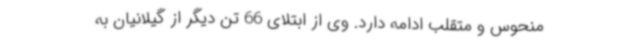
منحوس و متقلب ادامه دارد. وی از ابتلای 66 تن دیگر از گیلانیان به